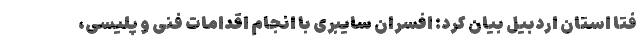
فتا استان اردبیل بیان کرد: افسران سایبری با انجام اقدامات فنی و پلیسی،